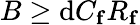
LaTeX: B\geq\mathrm{d}C_{\mathbf{{f}}}R_{\mathbf{{f}}}